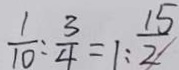
\frac { 1 } { 1 0 } : \frac { 3 } { 4 } = 1 : \frac { 1 5 } { 2 }